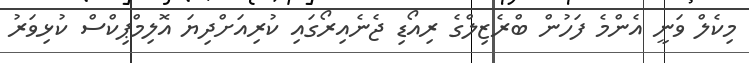
މިކެލް ވަނީ އެންމެ ފަހުން ބްރެޒިލްގެ ރިއޯޑި ޖެނެއިރޯގައި ކުރިއަށްދިޔަ އޮލިމްޕިކްސް ކުޅިވަރު